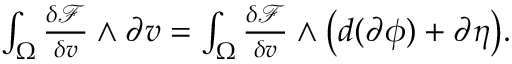
\begin{array} { r } { \int _ { \Omega } \frac { \delta \mathcal { F } } { \delta v } \wedge \partial v = \int _ { \Omega } \frac { \delta \mathcal { F } } { \delta v } \wedge \big ( d ( \partial \phi ) + \partial \eta \big ) . } \end{array}